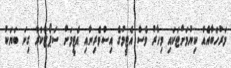
މަރުހަބާއެއް ކިޔުމަށްޓަކައި މިހާރު ވެސް އެޓީމުގެ އިސްވެރިނާއި އެޓީމަށް ސަޕޯޓްކުރާ ގިނަ ބަޔަކު